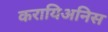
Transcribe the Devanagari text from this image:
करायिअनिस